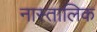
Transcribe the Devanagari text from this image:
नास्तालिक